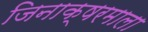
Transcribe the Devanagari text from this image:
जिनाक्षरमाला